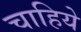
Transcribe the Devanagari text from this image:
चाहिये